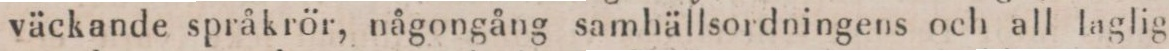
väckande språkrör, någongång samhällsordningens och all laglig